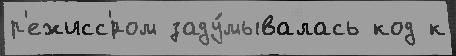
р'ежисс'́ром заду́мывалась код к